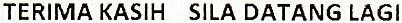
TERIMA KASIH SILA DATANG LAGI